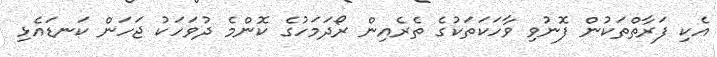
އެކި ފަރާތްތަކުން ފޮނުވި ވާހަކަތަކުގެ ތެރެއިން ރޯދަމަހުގެ ކޮންމެ ދުވަހަކު ޖަހަން ކަނޑައެޅި